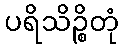
ပရိသိဉ္စိတုံ